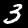
Digit: 3